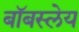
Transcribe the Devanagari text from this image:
बॉबस्लेय